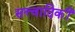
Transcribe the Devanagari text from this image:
सत्त्वादिकीं